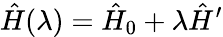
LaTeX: \hat{H}(\lambda)=\hat{H}_{0}+\lambda\hat{H}^{\prime}